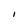
Character: I